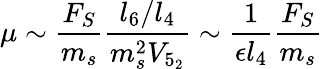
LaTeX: \mu\sim\frac{F_{S}}{m_{s}}\frac{l_{6}/l_{4}}{m_{s}^{2}V_{5_{2}}}\sim\frac{1}{\epsilon l_{4}}\frac{F_{S}}{m_{s}}